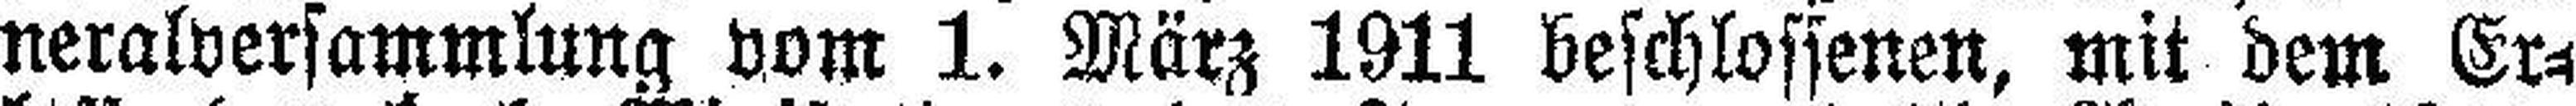
neralversammlung vom 1. März 1911 beschlossenen, mit dem Er¬